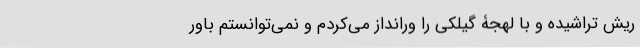
ریش تراشیده و با لهجۀ گیلکی را ورانداز می‌کردم و نمی‌توانستم باور